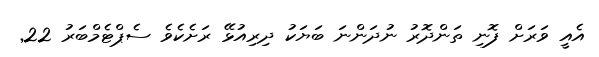
އެއީ ވަރަށް ފޮނި ތަންދޮރު ނުދަންނަ ބަޔަކު ދިރިއުޅޭ ރަށެކެވެ ސެޕްޓެމްބަރު 22